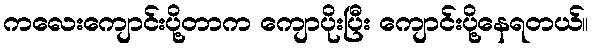
ကလေးကျောင်းပို့တာက ကျောပိုးပြီး ကျောင်းပို့နေရတယ်။